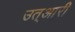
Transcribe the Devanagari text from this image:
उत्आरी